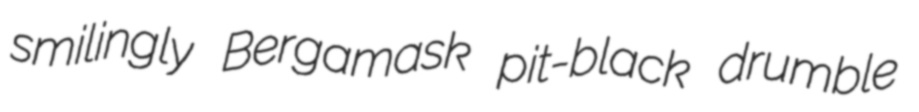
smilingly Bergamask pit-black drumble